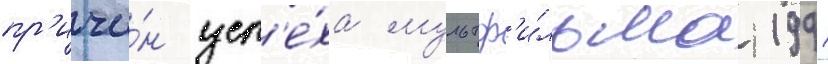
пр'ичи́н усп'е́ха мультф'и́льма 1991